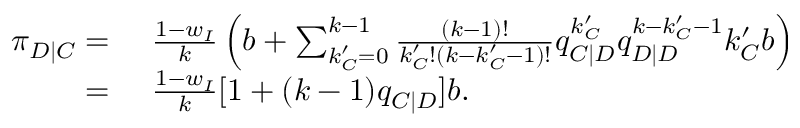
\begin{array} { r l } { \pi _ { D | C } = } & { { } ~ \frac { 1 - w _ { I } } { k } \left( b + \sum _ { k _ { C } ^ { \prime } = 0 } ^ { k - 1 } { \frac { ( k - 1 ) ! } { k _ { C } ^ { \prime } ! ( k - k _ { C } ^ { \prime } - 1 ) ! } q _ { C | D } ^ { k _ { C } ^ { \prime } } q _ { D | D } ^ { k - k _ { C } ^ { \prime } - 1 } k _ { C } ^ { \prime } b } \right) } \\ { = } & { { } ~ \frac { 1 - w _ { I } } { k } [ 1 + ( k - 1 ) q _ { C | D } ] b . } \end{array}